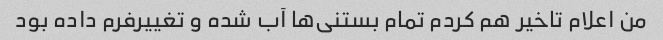
من اعلام تاخیر هم کردم تمام بستنی‌ها آب شده و تغییرفرم داده بود